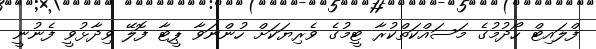
ފްލައިޓް ހޯދުމުގެ މަސައްކަތްކުރާ ޓީމުގެ ވެރިޔަކަށް ހުންނަވާ ޕީޓާ ފޮލޭ ވިދާޅުވީ ފެނުނީ